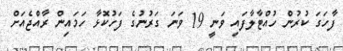
ފާހަގަ ކުރުން ހުއްޓާލާފައި ވަނީ 19 ވަނަ ގަރުނުގެ ފަހުކޮޅާ ހަމައިން ރާއްޖެއަށް